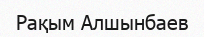
Рақым Алшынбаев